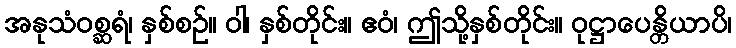
အနုသံဝစ္ဆရံ၊ နှစ်စဉ်။ ဝါ၊ နှစ်တိုင်း။ ဧဝံ၊ ဤသို့နှစ်တိုင်း။ ဝုဋ္ဌာပေန္တိယာပိ၊